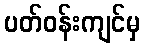
ပတ်ဝန်းကျင်မှ